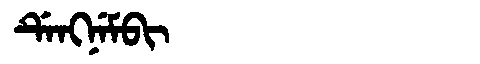
Manchu: ᡩᡝᠩᠨᡝᠮᠪᡳ
Romanization: DENGNEMBI